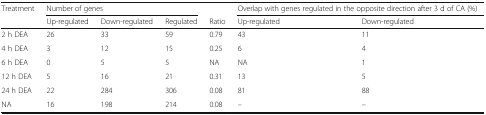
| Treatment | <COLSPAN=3> Number of genes |  | <COLSPAN=2> Overlap with genes regulated in the opposite direction after 3 d of CA (%) |
 |  | Up-regulated | Down-regulated | Regulated | Ratio | Up-regulated | Down-regulated |
 | --- | --- | --- | --- | --- | --- | --- |
 | 2 h DEA | 26 | 33 | 59 | 0.79 | 43 | 11 |
 | 4 h DEA | 3 | 12 | 15 | 0.25 | 6 | 4 |
 | 6 h DEA | 0 | 5 | 5 | NA | NA | 1 |
 | 12 h DEA | 5 | 16 | 21 | 0.31 | 13 | 5 |
 | 24 h DEA | 22 | 284 | 306 | 0.08 | 81 | 88 |
 | NA | 16 | 198 | 214 | 0.08 | – | – |